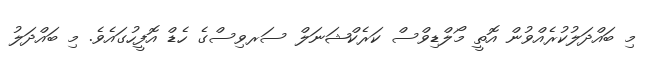
މި ބައްދަލުކުރެއްވުން އޮތީ މޯލްޑިވްސް ކަރެކްޝަނަލް ސަރވިސްގެ ހެޑް އޮފީހުގައެވެ. މި ބައްދަލު